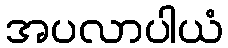
အပလာပါယံ